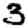
Digit: 3